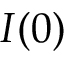
I ( 0 )